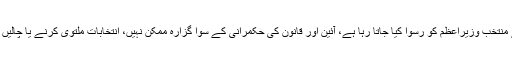
(ن) لیگ کی رہنما نے کہا کہ ڈکٹیٹر کو آزادی دی جارہی ہے اور عوام کے منتخب وزیراعظم کو رسوا کیا جاتا رہا ہے، آئین اور قانون کی حکمرانی کے سوا گزارہ ممکن نہیں، انتخابات ملتوی کرنے یا چالیں چلنے کا وقت گزر گیا، پاکستان جاگ اٹھا ہے اور عوام باشعور ہو گئے ہیں۔